Scottish Leaving Certificate Examination, 1956
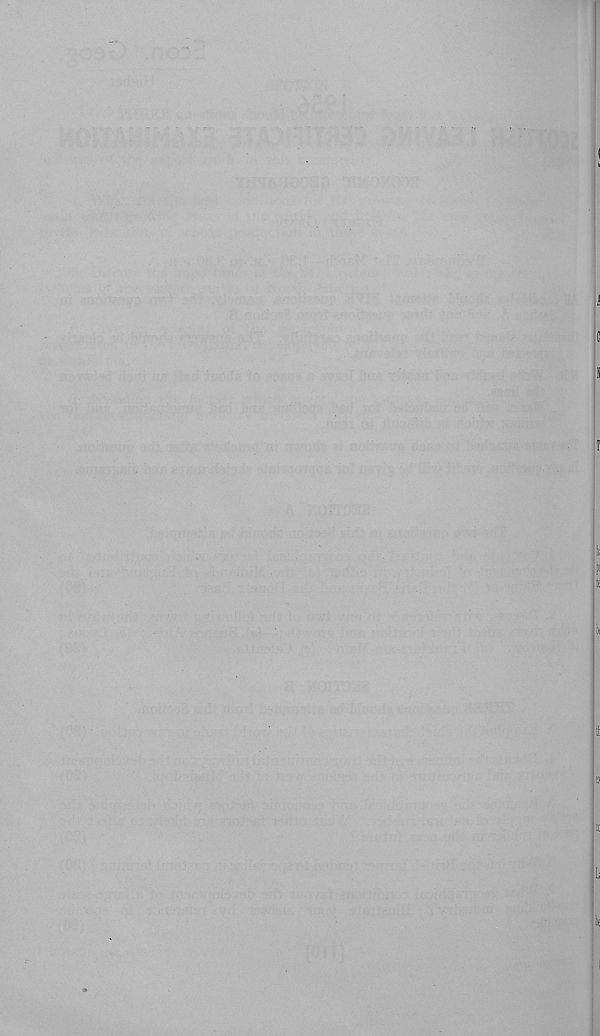
I
c
s
I
a;
P
t f
«
t l :